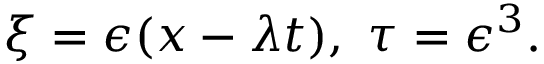
\xi = \epsilon ( x - \lambda t ) , ~ \tau = \epsilon ^ { 3 } .